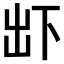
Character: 𠀴